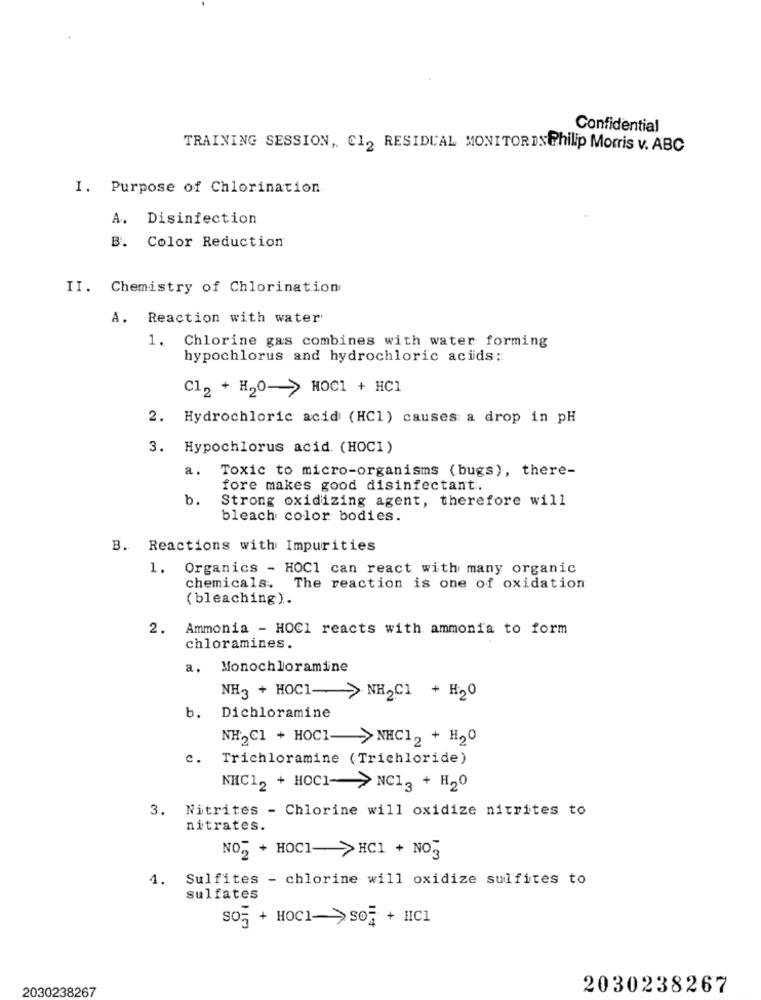
Confidential
TRAINING SESSION ,, C12 RESIDUAL MONITORDSPhilip Morris v. ABC
I. Purpose of Chlorination
A. Disinfection
B. Color Reduction
II. Chemistry of Chlorination
A.
Reaction with water'
1.
Chlorine gas combines with water forming
hypochlorus and hydrochloric acids:
C12 + H20-> HOC1 + HC1
2. Hydrochloric acid (HC1) causes a drop in pH
3. Hypochlorus acid. (HOCI)
a. Toxic to micro-organisms (bugs), there-
fore makes good disinfectant.
b.
Strong oxidizing agent, therefore will
bleach color bodies.
B. Reactions with Impurities
1. Organics - HOC1 can react with many organic
chemicals ..
The reaction is one of oxidation
(bleaching).
2.
Ammonia - HOCI reacts with ammonia to form
chloramines.
a. Monochloramine
NH3 + HOC1-> NH2C1 + H20
b. Dichloramine
NH2Cl + HOC1->NHC12 + H20
c. Trichloramine (Trichloride)
NHC12 + HOCI->NC13 + H20
3.
Nitrites - Chlorine will oxidize nitrites to
nitrates.
NO2 + HOCI->HC1 + NO3
4.
Sulfites - chlorine will oxidize sulfites to
sulfates
sog + HOCI->so= + HCI
2030238267
2030238267